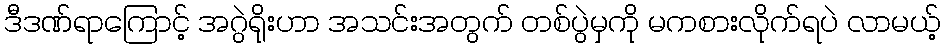
ဒီဒဏ်ရာကြောင့် အဂွဲရိုးဟာ အသင်းအတွက် တစ်ပွဲမှကို မကစားလိုက်ရပဲ လာမယ့်